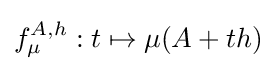
f_{\mu }^{A,h}:t\mapsto \mu (A+th)